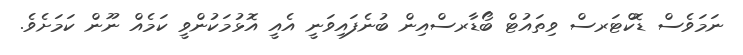
ނަމަވެސް ޑޮކްޓަރސް ވިތައުޓް ބޯޑާރސްއިން ބުނެފައިވަނީ އެއީ އޮޅުމަކުންވީ ކަމެއް ނޫން ކަމަށެވެ.